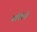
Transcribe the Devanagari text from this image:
वॉर्नरने